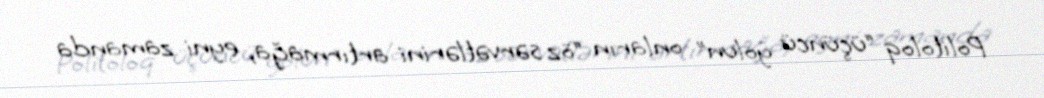
Politoloq “üçüncü yolun” onların “öz sərvətlərini artırmağa, eyni zamanda